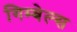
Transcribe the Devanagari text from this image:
गिम्बेल्स